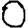
Digit: 0